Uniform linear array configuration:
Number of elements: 32
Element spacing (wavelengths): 0.75
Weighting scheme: hann
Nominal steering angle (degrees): -60
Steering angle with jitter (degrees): -60.568
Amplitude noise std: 0.05
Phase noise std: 0.05

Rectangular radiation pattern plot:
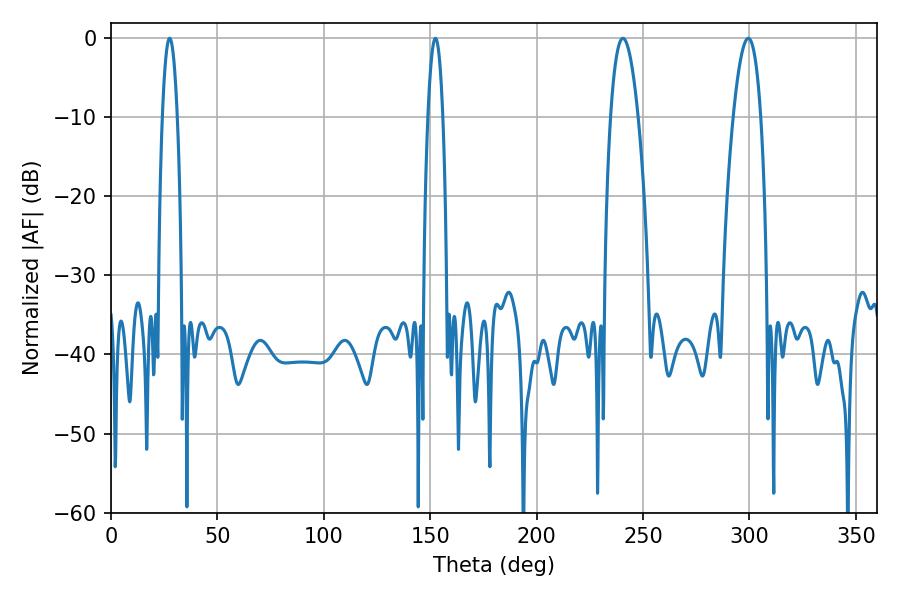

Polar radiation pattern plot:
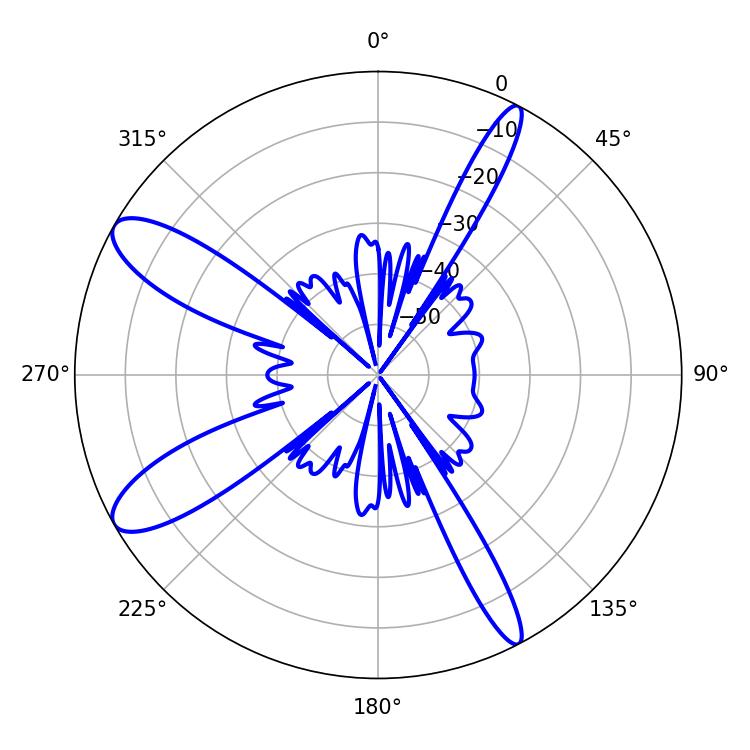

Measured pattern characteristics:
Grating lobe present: TRUE
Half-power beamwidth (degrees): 3.96
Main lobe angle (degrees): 27.54